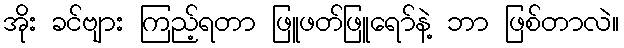
အိုး ခင်ဗျား ကြည့်ရတာ ဖြူဖတ်ဖြူရော်နဲ့ ဘာ ဖြစ်တာလဲ။